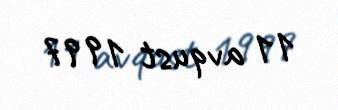
11 avqust 1997